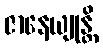
ဇာနေယျုန္တိ